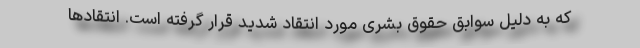
که به دلیل سوابق حقوق بشری مورد انتقاد شدید قرار گرفته است. انتقادها